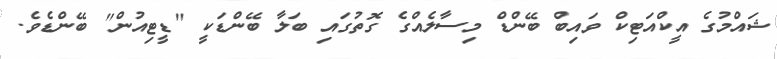
ޝައްމުގެ އީކްއަޓިކް ވައިބް ބޭންޑް މިސާލެއްގެ ގޮތުގައި ބަލާ ބޭންޑަކީ "ޑީޓިއުން" ބޭންޑެވެ.